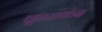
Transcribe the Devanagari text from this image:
कृपाकंद